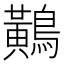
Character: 鷬